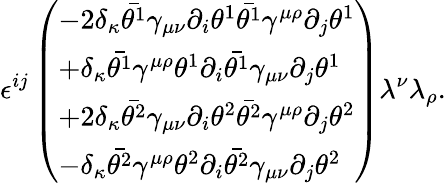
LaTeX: \epsilon^{ij}\left(\begin{array}{l}{{-2\delta_{\kappa}\bar{\theta^{1}}\gamma_{\mu\nu}\partial_{i}\theta^{1}\bar{\theta^{1}}\gamma^{\mu\rho}\partial_{j}\theta^{1}}}\\ {{+\delta_{\kappa}\bar{\theta^{1}}\gamma^{\mu\rho}\theta^{1}\partial_{i}\bar{\theta^{1}}\gamma_{\mu\nu}\partial_{j}\theta^{1}}}\\ {{+2\delta_{\kappa}\bar{\theta^{2}}\gamma_{\mu\nu}\partial_{i}\theta^{2}\bar{\theta^{2}}\gamma^{\mu\rho}\partial_{j}\theta^{2}}}\\ {{-\delta_{\kappa}\bar{\theta^{2}}\gamma^{\mu\rho}\theta^{2}\partial_{i}\bar{\theta^{2}}\gamma_{\mu\nu}\partial_{j}\theta^{2}}}\end{array}\right)\lambda^{\nu}\lambda_{\rho}.